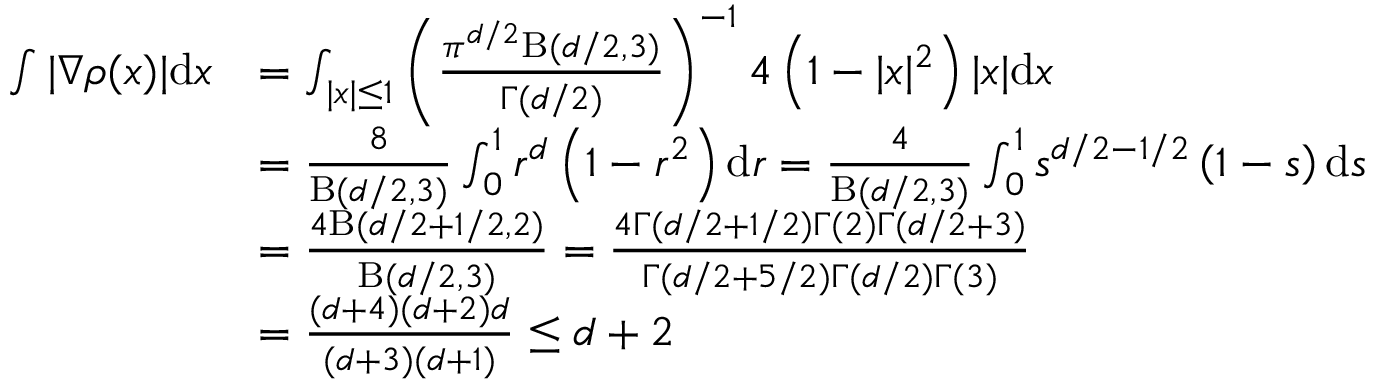
\begin{array} { r l } { \int | \nabla \rho ( x ) | \mathrm { d } x } & { = \int _ { | x | \le 1 } \left( \frac { \pi ^ { d / 2 } \mathrm { B } ( d / 2 , 3 ) } { \Gamma ( d / 2 ) } \right) ^ { - 1 } 4 \left( 1 - | x | ^ { 2 } \right) | x | \mathrm { d } x } \\ & { = \frac { 8 } { \mathrm { B } ( d / 2 , 3 ) } \int _ { 0 } ^ { 1 } r ^ { d } \left( 1 - r ^ { 2 } \right) \mathrm { d } r = \frac { 4 } { \mathrm { B } ( d / 2 , 3 ) } \int _ { 0 } ^ { 1 } s ^ { d / 2 - 1 / 2 } \left( 1 - s \right) \mathrm { d } s } \\ & { = \frac { 4 \mathrm { B } ( d / 2 + 1 / 2 , 2 ) } { \mathrm { B } ( d / 2 , 3 ) } = \frac { 4 \Gamma ( d / 2 + 1 / 2 ) \Gamma ( 2 ) \Gamma ( d / 2 + 3 ) } { \Gamma ( d / 2 + 5 / 2 ) \Gamma ( d / 2 ) \Gamma ( 3 ) } } \\ & { = \frac { ( d + 4 ) ( d + 2 ) d } { ( d + 3 ) ( d + 1 ) } \le d + 2 } \end{array}